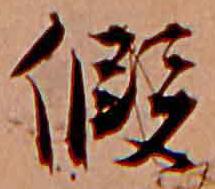
仮